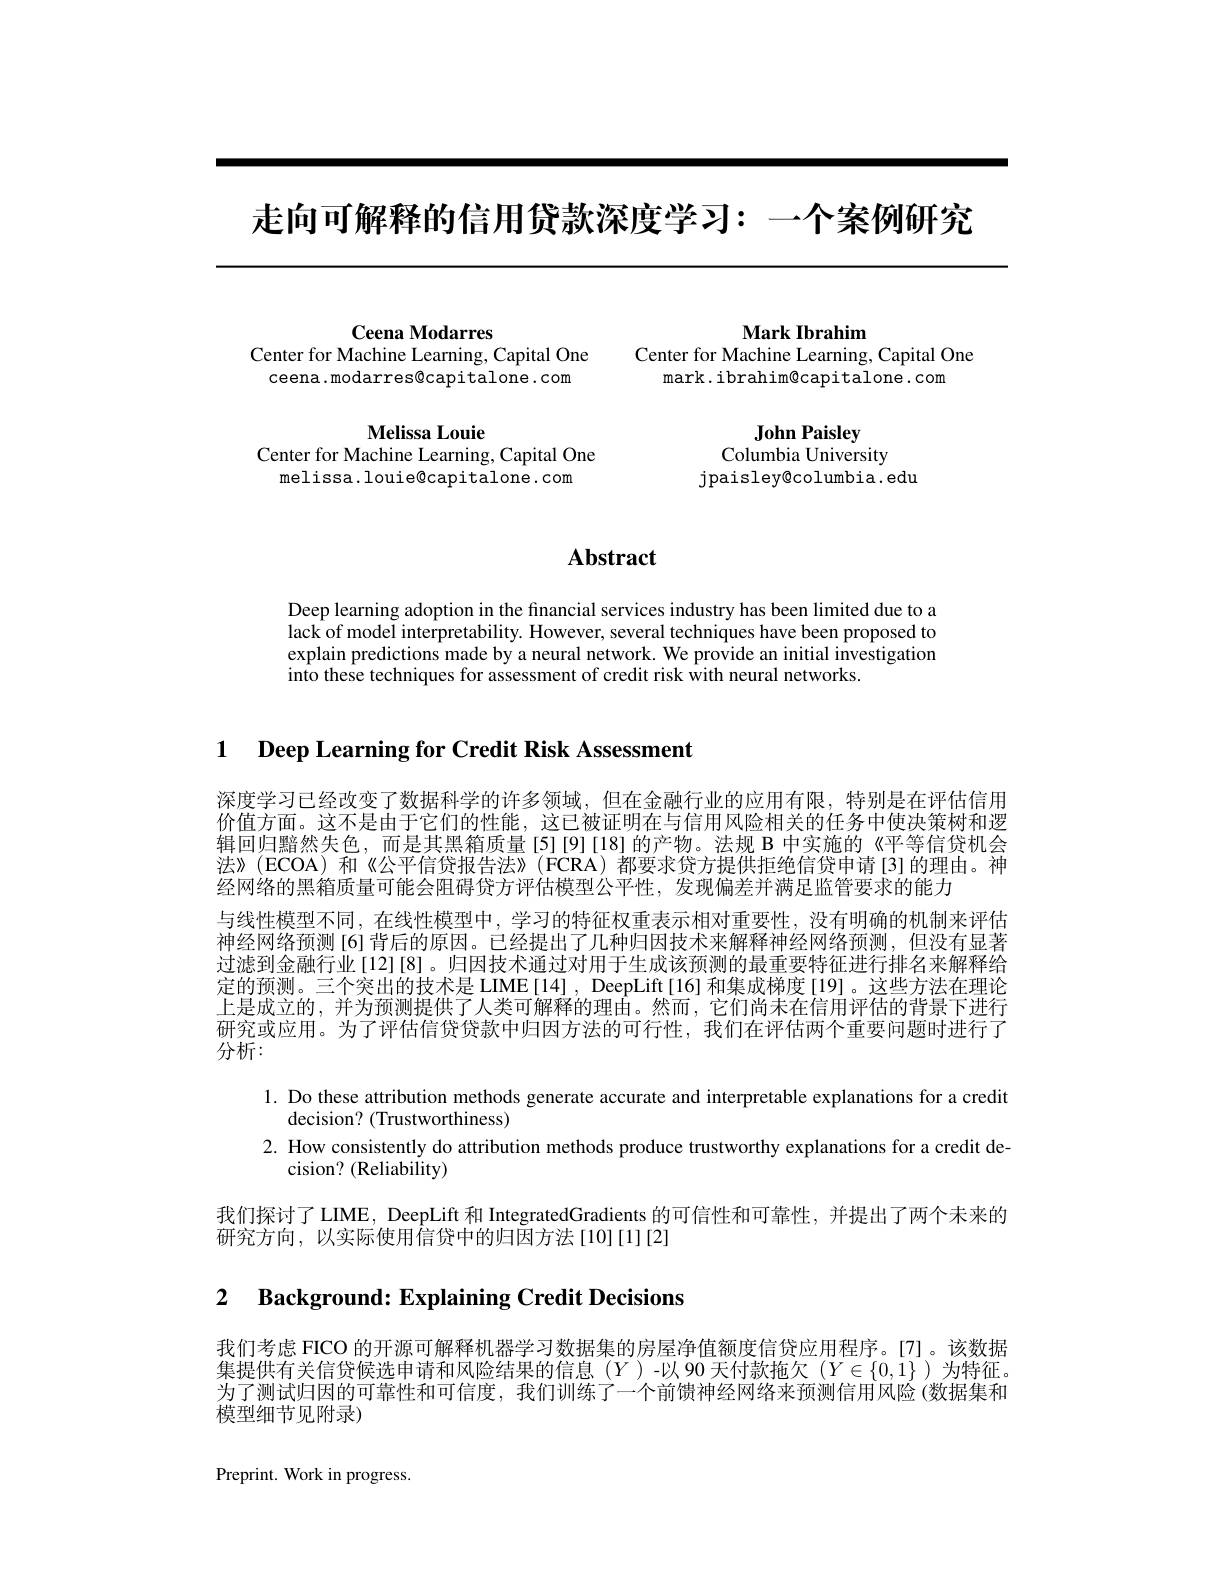
走向可解释的信用贷款深度学习：一个案例研究

Ceena Modarres
Center for Machine Learning, Capital One Center for Machine Learning, Capital One
ceena.modarres@capitalone.com

$\mathbf{MelissaLouie}$
Center for Machine Learning, Capital One
melissa.louie@capitalone.com

Mark Ibrahim
mark. ibrahim@capitalone. com

John Paisley
Columbia University
jpaisley@columbia.edu

## $\mathbf{Abstract}$

Deep learning adoption in the financial services industry has been limited due to a lack of model interpretability. However, several techniques have been proposed to explain predictions made by a neural network. We provide an initial investigation into these techniques for assessment of credit risk with neural networks.

1 $\textbf{Deep Learning for Credit Risk Assessment}$

深度学习已经改变了数据科学的许多领域，但在金融行业的应用有限，特别是在评估信用价值方面。这不是由于它们的性能，这已被证明在与信用风险相关的任务中使决策树和逻辑回归黯然失色，而是其黑箱质量[5][9][18]的产物。法规 B 中实施的《平等信贷机会法》(ECOA) 和《公平信贷报告法》(FCRA)都要求贷方提供拒绝信贷申请[3]的理由。神经网络的黑箱质量可能会阻碍贷方评估模型公平性，发现偏差并满足监管要求的能力
与线性模型不同，在线性模型中，学习的特征权重表示相对重要性，没有明确的机制来评估神经网络预测[6] 背后的原因。已经提出了几种归因技术来解释神经网络预测，但没有显著过滤到金融行业[12][8]。归因技术通过对用于生成该预测的最重要特征进行排名来解释给定的预测。三个突出的技术是 LIME[14] , DeepLift[16] 和集成梯度[19] 。这些方法在理论上是成立的，并为预测提供了人类可解释的理由。然而，它们尚未在信用评估的背景下进行研究或应用。为了评估信贷贷款中归因方法的可行性，我们在评估两个重要问题时进行了分析：

1. Do these attribution methods generate accurate and interpretable explanations for a credit
decision? (Trustworthiness)
2. How consistently do attribution methods produce trustworthy explanations for a credit de-
cision? (Reliability)
我们探讨了 LIME, DeepLift 和 IntegratedGradients 的可信性和可靠性，并提出了两个未来的
研究方向，以实际使用信贷中的归因方法[10][1][2]

2 $\textbf{Background: Explaining Credit Decisions}$

我们考虑 FICO 的开源可解释机器学习数据集的房屋净值额度信贷应用程序。[7]。该数据集提供有关信贷候选申请和风险结果的信息(Y)-以 90 天付款拖欠$(Y\in\{0,1\}$ )为特征。为了测试归因的可靠性和可信度，我们训练了一个前馈神经网络来预测信用风险 (数据集和模型细节见附录)

Preprint. Work in progress